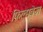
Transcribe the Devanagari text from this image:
फ़िल्मवेज़